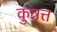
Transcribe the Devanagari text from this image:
कुन्नत्त